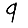
Digit: 9